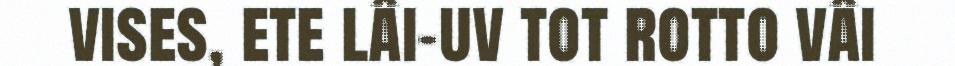
vises, ete lâi-uv tot rotto vâi